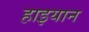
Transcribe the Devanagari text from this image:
हाइयान